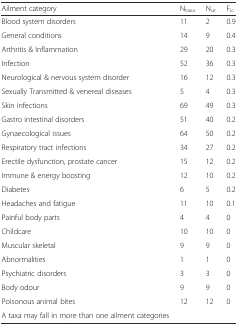
| Ailment category | Ntaxa | Nur | Fic |
 | --- | --- | --- | --- |
 | Blood system disorders | 11 | 2 | 0.9 |
 | General conditions | 14 | 9 | 0.4 |
 | Arthritis & Inflammation | 29 | 20 | 0.3 |
 | Infection | 52 | 36 | 0.3 |
 | Neurological & nervous system disorder | 16 | 12 | 0.3 |
 | Sexually Transmitted & venereal diseases | 5 | 4 | 0.3 |
 | Skin infections | 69 | 49 | 0.3 |
 | Gastro intestinal disorders | 51 | 40 | 0.2 |
 | Gynaecological issues | 64 | 50 | 0.2 |
 | Respiratory tract infections | 34 | 27 | 0.2 |
 | Erectile dysfunction, prostate cancer | 15 | 12 | 0.2 |
 | Immune & energy boosting | 12 | 10 | 0.2 |
 | Diabetes | 6 | 5 | 0.2 |
 | Headaches and fatigue | 11 | 10 | 0.1 |
 | Painful body parts | 4 | 4 | 0 |
 | Childcare | 10 | 10 | 0 |
 | Muscular skeletal | 9 | 9 | 0 |
 | Abnormalities | 1 | 1 | 0 |
 | Psychiatric disorders | 3 | 3 | 0 |
 | Body odour | 9 | 9 | 0 |
 | Poisonous animal bites | 12 | 12 | 0 |
 | A taxa may fall in more than one ailment categories |  |  |  |